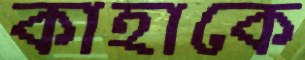
কাহাকে